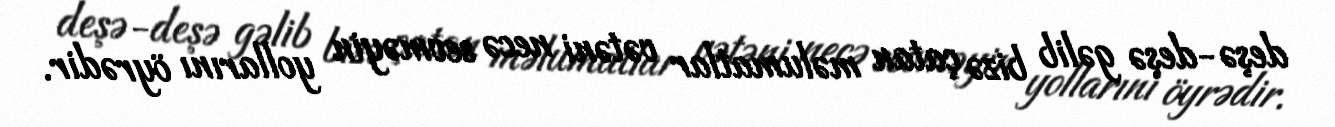
deşə-deşə gəlib bizə çatan məlumatlar vətəni necə sevməyin yollarını öyrədir.